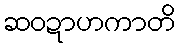
ဆဝဍာဟကာတိ